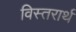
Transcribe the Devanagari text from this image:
विस्तरार्थ